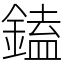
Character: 鎑